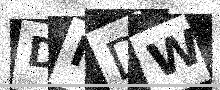
Text: DIDW